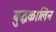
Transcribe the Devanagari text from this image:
बुद्धकालिन